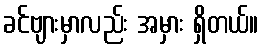
ခင်ဗျားမှာလည်း အမှား ရှိတယ်။